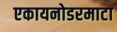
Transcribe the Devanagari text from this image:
एकायनोडरमाटा